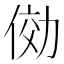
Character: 俲